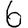
Digit: 6